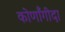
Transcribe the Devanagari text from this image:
कोणाँगीदा